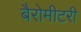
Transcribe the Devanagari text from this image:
बैरोमीटरी